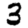
Digit: 3